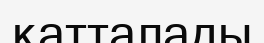
қатталады